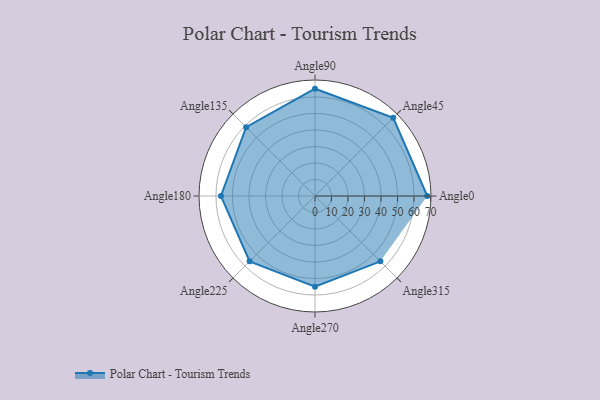
{"axis": {"x": "Angle", "y": "Radius"}, "legend": [""], "data": [{"x": "Angle0", "y": 68.0, "type": ""}, {"x": "Angle45", "y": 67.0, "type": ""}, {"x": "Angle90", "y": 65.0, "type": ""}, {"x": "Angle135", "y": 59.0, "type": ""}, {"x": "Angle180", "y": 57.0, "type": ""}, {"x": "Angle225", "y": 56.0, "type": ""}, {"x": "Angle270", "y": 55.0, "type": ""}, {"x": "Angle315", "y": 56.0, "type": ""}]}